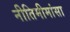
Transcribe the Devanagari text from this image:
नीतिमीमांसा